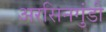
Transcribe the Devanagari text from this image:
अरसिनगुंडी